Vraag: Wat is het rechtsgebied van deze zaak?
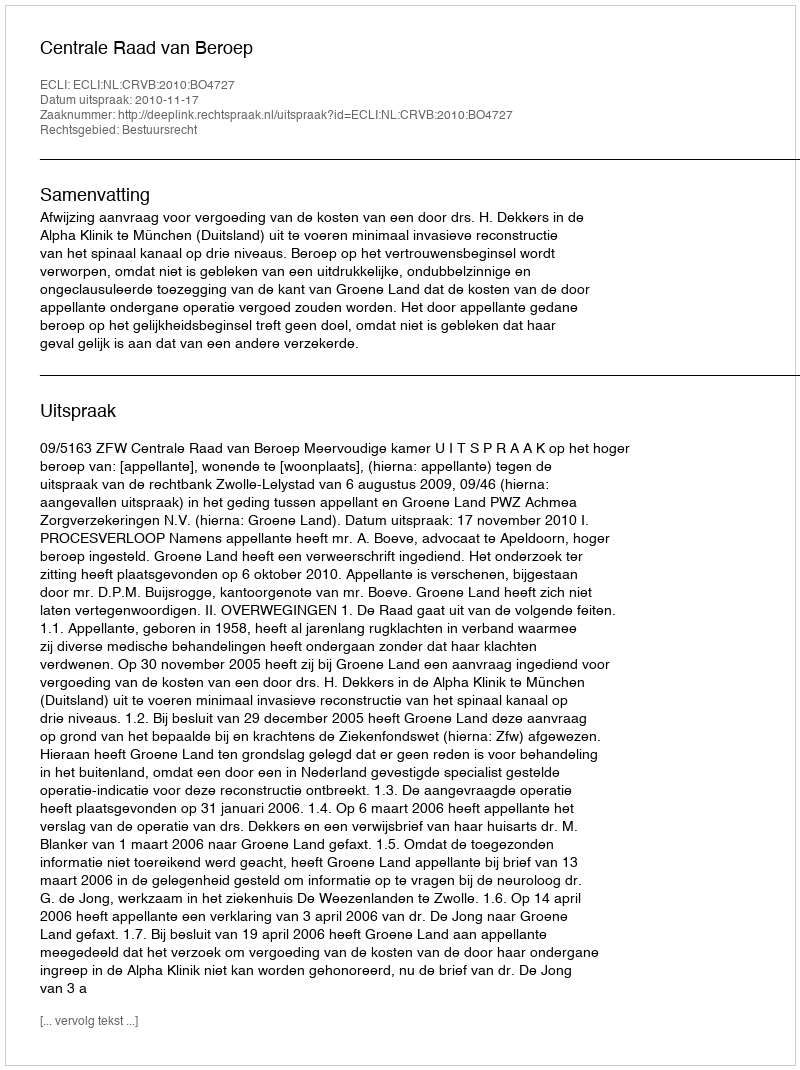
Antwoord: Bestuursrecht